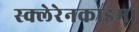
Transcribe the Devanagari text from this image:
स्क्लेरेनकाइमा